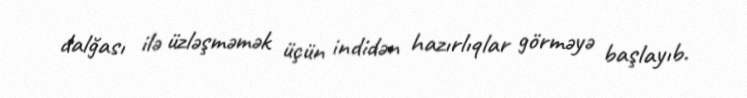
dalğası ilə üzləşməmək üçün indidən hazırlıqlar görməyə başlayıb.